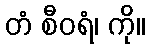
တံ စီဝရံ၊ ကို။